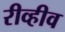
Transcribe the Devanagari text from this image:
रीव्हीव